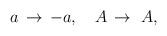
LaTeX: \begin{align*}a \, \rightarrow \, -a,~~~ A \, \rightarrow \, \, A,\end{align*}